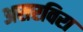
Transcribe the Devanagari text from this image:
असरविरा